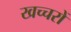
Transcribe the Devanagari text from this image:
खच्‍चरों